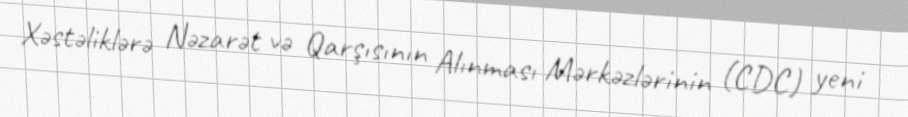
Xəstəliklərə Nəzarət və Qarşısının Alınması Mərkəzlərinin (CDC) yeni